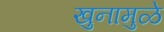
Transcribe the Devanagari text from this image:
खुनामुळे